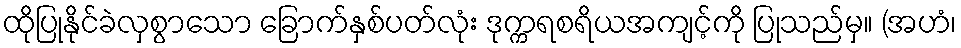
ထိုပြုနိုင်ခဲလှစွာသော ခြောက်နှစ်ပတ်လုံး ဒုက္ကရစရိယအကျင့်ကို ပြုသည်မှ။ (အဟံ၊